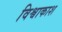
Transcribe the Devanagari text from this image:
विश्वाकाश